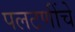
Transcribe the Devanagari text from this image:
पलटणींचे